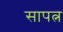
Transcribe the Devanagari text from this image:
सापत्न